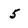
Character: 5